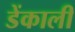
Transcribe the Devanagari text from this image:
डेंकाली